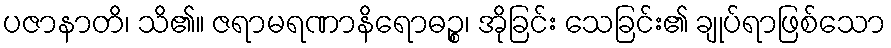
ပဇာနာတိ၊ သိ၏။ ဇရာမရဏာနိရောဓဉ္စ၊ အိုခြင်း သေခြင်း၏ ချုပ်ရာဖြစ်သော